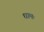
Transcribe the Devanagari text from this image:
धामः